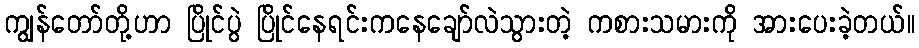
ကျွန်တော်တို့ဟာ ပြိုင်ပွဲ ပြိုင်နေရင်းကနေချော်လဲသွားတဲ့ ကစားသမားကို အားပေးခဲ့တယ်။